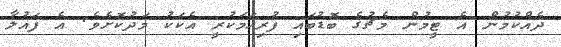
ދެއްކުމުން އެ ޓީމުން މެޗުގެ ބޮޑުބައި ފުރިހަމަކުރީ އެކަކު މަދުކޮށެވެ. އެ ފައުލާ